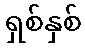
ရှစ်နှစ်